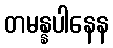
တမန္နပါနေန